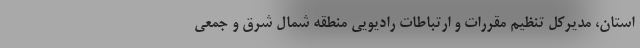
استان، مدیرکل تنظیم مقررات و ارتباطات رادیویی منطقه شمال شرق و جمعی